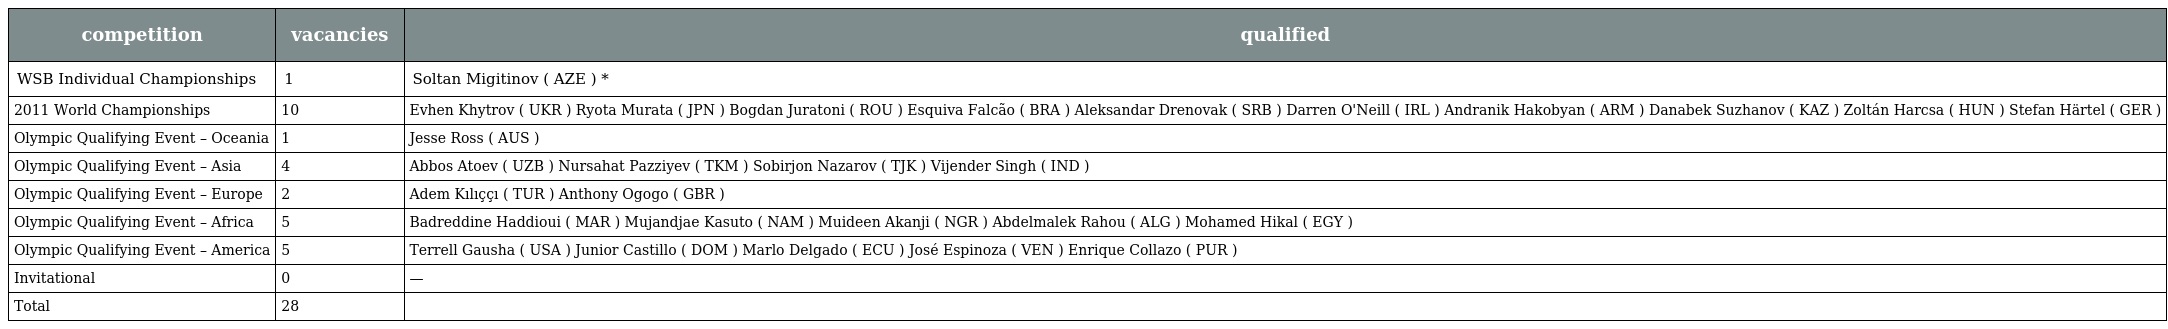
| competition | vacancies | qualified |
 | --- | --- | --- |
 | WSB Individual Championships | 1 | Soltan Migitinov ( AZE ) * |
 | 2011 World Championships | 10 | Evhen Khytrov ( UKR ) Ryota Murata ( JPN ) Bogdan Juratoni ( ROU ) Esquiva Falcão ( BRA ) Aleksandar Drenovak ( SRB ) Darren O'Neill ( IRL ) Andranik Hakobyan ( ARM ) Danabek Suzhanov ( KAZ ) Zoltán Harcsa ( HUN ) Stefan Härtel ( GER ) |
 | Olympic Qualifying Event – Oceania | 1 | Jesse Ross ( AUS ) |
 | Olympic Qualifying Event – Asia | 4 | Abbos Atoev ( UZB ) Nursahat Pazziyev ( TKM ) Sobirjon Nazarov ( TJK ) Vijender Singh ( IND ) |
 | Olympic Qualifying Event – Europe | 2 | Adem Kılıççı ( TUR ) Anthony Ogogo ( GBR ) |
 | Olympic Qualifying Event – Africa | 5 | Badreddine Haddioui ( MAR ) Mujandjae Kasuto ( NAM ) Muideen Akanji ( NGR ) Abdelmalek Rahou ( ALG ) Mohamed Hikal ( EGY ) |
 | Olympic Qualifying Event – America | 5 | Terrell Gausha ( USA ) Junior Castillo ( DOM ) Marlo Delgado ( ECU ) José Espinoza ( VEN ) Enrique Collazo ( PUR ) |
 | Invitational | 0 | — |
 | Total | 28 |  |